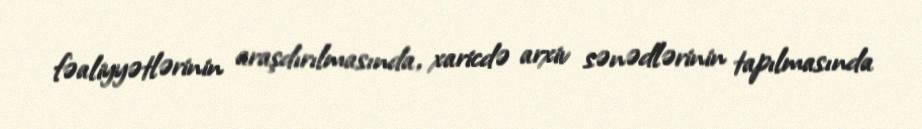
fəaliyyətlərinin araşdırılmasında, xaricdə arxiv sənədlərinin tapılmasında